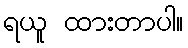
ရယူ ထားတာပါ။